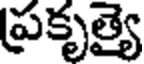
ప్రకృత్యై